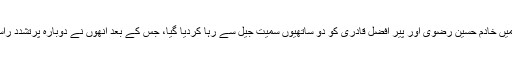
مئی، 2019 میں خادم حسین رضوی اور پیر افضل قادری کو دو ساتھیوں سمیت جیل سے رہا کردیا گیا، جس کے بعد انھوں نے دوبارہ پرتشدد راستہ نہیں اپنایا ۔